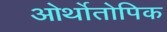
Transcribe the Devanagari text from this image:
ओर्थोतोपिक